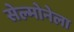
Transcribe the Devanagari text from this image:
सेल्मोनेला